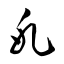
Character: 氷